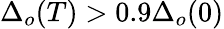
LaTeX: \Delta_{o}(T)>0.9\Delta_{o}(0)